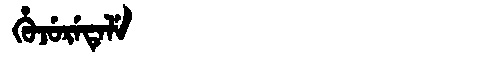
Manchu: ᡥᡠᠵᡠᡵᡝᡨᡝᠯᡝ
Romanization: HUJURETELE